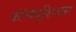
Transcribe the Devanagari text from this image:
कॉन्फ्युशिअस